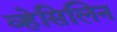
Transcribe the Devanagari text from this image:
व्हेसिलिन